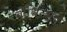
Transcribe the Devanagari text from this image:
बोधित्सव